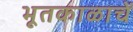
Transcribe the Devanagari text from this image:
भूतकाळाचें